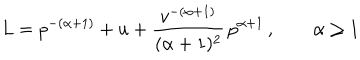
L = p ^ { - ( \alpha + 1 ) } + u + { \frac { v ^ { - ( \alpha + 1 ) } } { ( \alpha + 1 ) ^ { 2 } } } \, p ^ { \alpha + 1 } \, , \quad \quad \alpha \ge 1